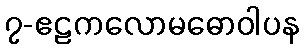
၇-ဧဠကလောမဓောဝါပန